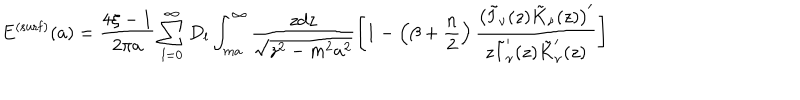
LaTeX: E ^ { \mathrm { ( s u r f ) } } ( a ) = \frac { 4 \xi - 1 } { 2 \pi a } \sum _ { l = 0 } ^ { \infty } D _ { l } \int _ { m a } ^ { \infty } \frac { z d z } { \sqrt { z ^ { 2 } - m ^ { 2 } a ^ { 2 } } } \left[ 1 - \left( \beta + \frac { n } { 2 } \right) \frac { \left( \tilde { I } _ { \nu } ( z ) \tilde { K } _ { \nu } ( z ) \right) ^ { \prime } } { z \tilde { I } _ { \nu } ^ { \prime } ( z ) \tilde { K } _ { \nu } ^ { \prime } ( z ) } \right] \;